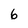
Character: 6